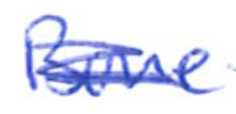
Text: Bone
Cross-out: scratch
Writing tool: ballpoint